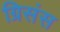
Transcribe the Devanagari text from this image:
ग्रिसंस